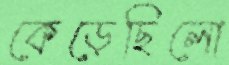
কেড়েছিলো